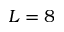
L = 8